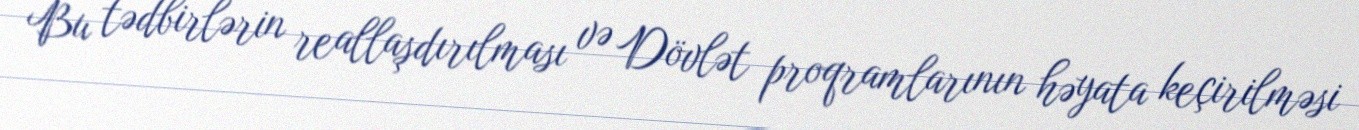
Bu tədbirlərin reallaşdırılması və Dövlət proqramlarının həyata keçirilməsi